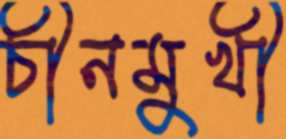
চীনমুখী